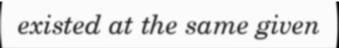
existed at the same given